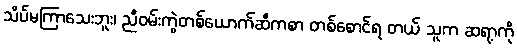
သိပ်မကြာသေးဘူး၊ ညီဝမ်းကွဲတစ်ယောက်ဆီကစာ တစ်စောင်ရ တယ် သူက ဆရာ့ကို